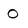
Character: 0